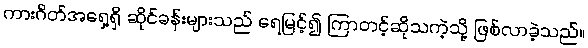
ကားဂိတ်အရှေ့ရှိ ဆိုင်ခန်းများသည် ရေမြင့်၍ ကြာတင့်ဆိုသကဲ့သို့ ဖြစ်လာခဲ့သည်။